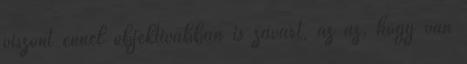
viszont ennél objektívabban is zavart, az az, hogy van